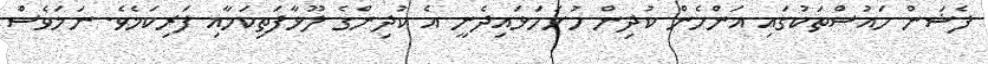
ފެޝަން ހައުސްތަކުގައި އަންހެން ކުދިން ހުށަހަޅައިދެނީ އެ ކުދިންގެ ލޫޅާފަތިކަމާއި ފަރިކަމެވެ. ނަމަވެސް